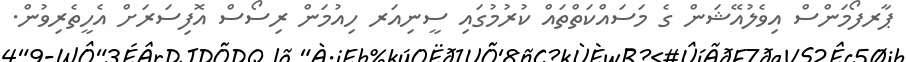
ޕާރފޯމަންސް އިވެލުއޭޝަން ގެ މަސައްކަތްތައް ކުރުމުގައި ސީނިއަރ ހިއުމަން ރިސޯސް އޮފިސަރަށް އެހީތެރިވުން.